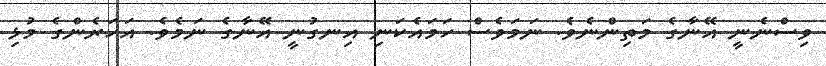
ވިސްނެނީ އޭނާގެ މަތިންނެވެ. ނަމަވެސް ހަމައެކަނި އިނގުނީ އޭނާގެ ނަމެވެ. އަހަރެންގެ މުޅި